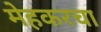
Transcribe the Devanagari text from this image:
मेहकरचा